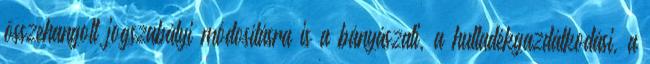
összehangolt jogszabályi módosításra is a bányászati, a hulladékgazdálkodási, a